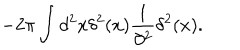
LaTeX: - 2 \pi \int d ^ { 2 } x \delta ^ { 2 } ( x ) { \frac { 1 } { \partial ^ { 2 } } } \delta ^ { 2 } ( x ) .